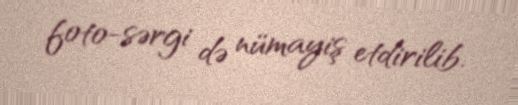
foto-sərgi də nümayiş etdirilib.